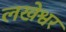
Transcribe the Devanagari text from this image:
लखेश्वर